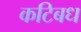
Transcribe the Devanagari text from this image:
कटिबध